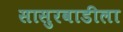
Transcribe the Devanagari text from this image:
सासुरवाडीला